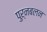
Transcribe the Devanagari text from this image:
पुर्नबलन